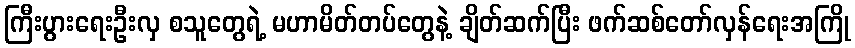
ကြီးပွားရေးဦးလှ စသူတွေရဲ့ မဟာမိတ်တပ်တွေနဲ့ ချိတ်ဆက်ပြီး ဖက်ဆစ်တော်လှန်ရေးအကြို